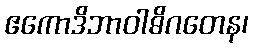
ဧကောဒိဘာဝါဓိဂတေန၊